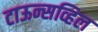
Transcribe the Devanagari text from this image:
टाऊन्सव्हिल